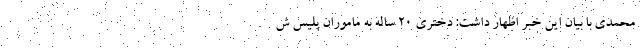
محمدی با بیان این خبر اظهار داشت: دختری ۲۰ ساله به ماموران پلیس ش